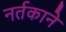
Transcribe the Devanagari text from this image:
नर्तकाने